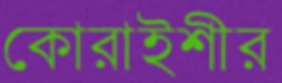
কোরাইশীর